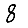
Digit: 8